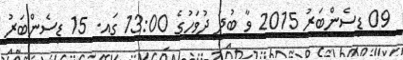
09 ޑިސެންބަރު 2015 ވާ ބުދަ ދުވަހުގެ 13:00 ގައި. 15 ޑިސެންބަރު